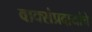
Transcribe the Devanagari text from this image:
वाक्संप्रदायांचे